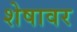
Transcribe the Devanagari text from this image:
शेषावर